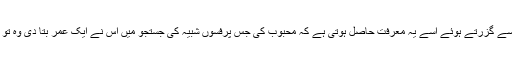
وصل کے سحر انگیز لمحات سے گزرتے ہوئے اسے یہ معرفت حاصل ہوتی ہے کہ محبوب کی جس پرفسوں شبیہ کی جستجو میں اس نے ایک عمر بتا دی وہ تو اس کے اندر جگمگا رہی تھی۔